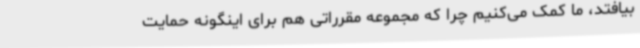
بیافتد، ما کمک می‌کنیم چرا که مجموعه مقرراتی هم برای اینگونه حمایت